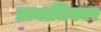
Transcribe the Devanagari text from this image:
प्रत्याधिकार